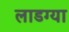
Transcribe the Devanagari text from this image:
लाडग्या